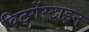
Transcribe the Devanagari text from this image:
विट्गेंस्टाइन